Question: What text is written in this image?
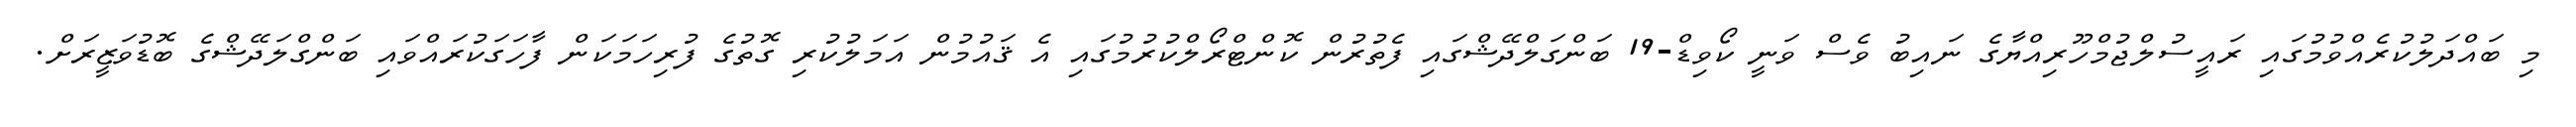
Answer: މި ބައްދަލުކުރެއްވުމުގައި ރައީސުލްޖުމްހޫރިއްޔާގެ ނައިބު ވެސް ވަނީ ކޯވިޑް-19 ބަންގަލްދޭޝްގައި ފެތުރުން ކޮންޓްރޯލްކުރުމުގައި އެ ޤައުމުން އަމަލުކުރި ގޮތުގެ ފުރިހަމަކަން ފާހަގަކުރައްވައި ބަންގްލަދޭޝްގެ ބޮޑުވަޒީރަށް.